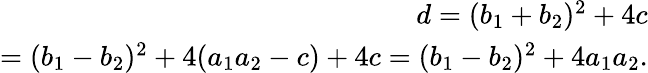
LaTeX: \begin{array}{r}{d=(b_{1}+b_{2})^{2}+4c}\\ {=(b_{1}-b_{2})^{2}+4(a_{1}a_{2}-c)+4c=(b_{1}-b_{2})^{2}+4a_{1}a_{2}.}\end{array}